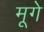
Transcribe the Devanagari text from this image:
मूगे